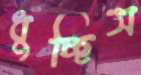
ধুচ্ছিস